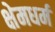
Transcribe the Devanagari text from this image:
क्षेमधर्म